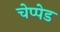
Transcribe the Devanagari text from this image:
चेप्पेड